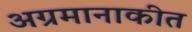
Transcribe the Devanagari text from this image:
अग्रमानाकीत